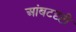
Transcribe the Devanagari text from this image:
आंबटदृष्टी